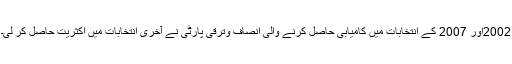
2002اور 2007 کے انتخابات میں کامیابی حاصل کرنے والی انصاف وترقی پارٹی نے آخری انتخابات میں اکثریت حاصل کر لی۔